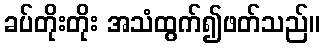
ခပ်တိုးတိုး အသံထွက်၍ဖတ်သည်။